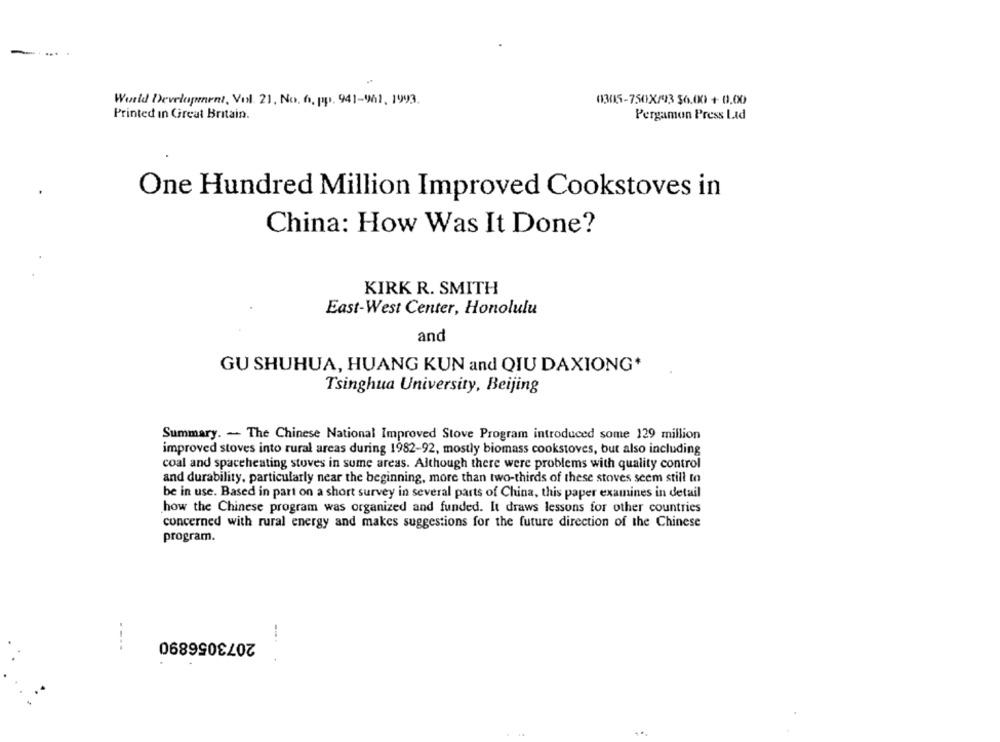
-
...
World Development, Vol. 21, No. 6, pp. 941-961, 1993.
0345-750X/93 56.00 + 0.00
Printed in Great Britain.
Pergamon Press Lad
One Hundred Million Improved Cookstoves in
China: How Was It Done?
KIRK R. SMITH
East-West Center, Honolulu
and
GU SHUHUA, HUANG KUN and QIU DAXIONG*
Tsinghua University, Beijing
Summary. - The Chinese National Improved Stove Program introduced some 129 million
improved stoves into rural areas during 1982-92, mostly biomass cookstoves, but also including
coal and spaceheating stoves in sume areas. Although there were problems with quality control
and durability, particularly near the beginning, more than two-thirds of these stoves seem still to
be in use. Based in part on a short survey in several parts of China, this paper examines in detail
how the Chinese program was organized and funded. It draws lessons for other countries
concerned with rural energy and makes suggestions for the future direction of the Chinese
program.
2073056890
----